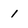
Character: 1